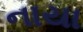
નાયા